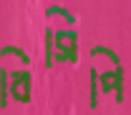
বিসিপি